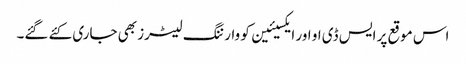
اس موقع پر ایس ڈی او اور ایکسیئین کو وارننگ لیٹرز بھی جاری کئے گئے۔